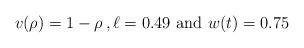
LaTeX: \begin{align*} v (\rho) = 1-\rho \,, \ell = 0.49 \mbox{ and } w (t) = 0.75\end{align*}